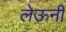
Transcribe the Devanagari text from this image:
लेऊनी